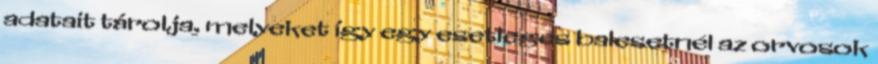
adatait tárolja, melyeket így egy esetleges balesetnél az orvosok